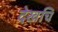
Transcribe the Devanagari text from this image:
देखचि